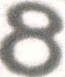
8